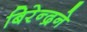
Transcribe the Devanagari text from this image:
बिरेन्द्रने